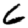
Digit: 6